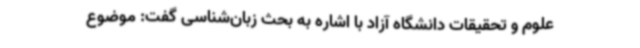
علوم و تحقیقات دانشگاه آزاد با اشاره به بحث زبان‌شناسی گفت: موضوع